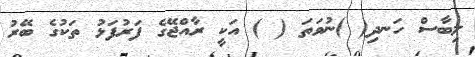
ލިބާސް ހަނދި( )ނުވަތަ ( ) އަކީ ރާއްޖޭގެ ފަރުފަޅު ތަކުގެ ބޭރު